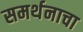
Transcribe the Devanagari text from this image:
समर्थनाचा